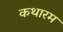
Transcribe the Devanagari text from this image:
कथारम